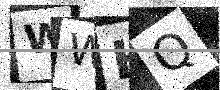
Text: WWHQ